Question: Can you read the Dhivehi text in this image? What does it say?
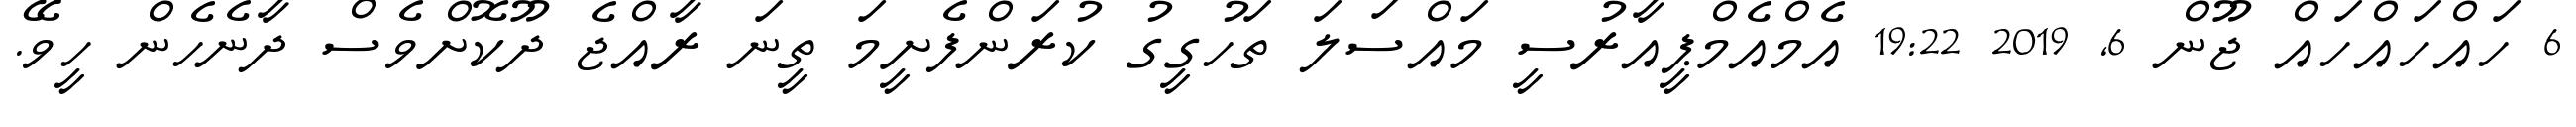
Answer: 6 ހައްހައްހައް ޖޫން 6, 2019 19:22 އެމްއެމްޕީއާރުސީ މައްސަލަ ތަހުގީގު ކުރަންފެށީމަ ތީނަ ރާއްޖެ ދޫކޮށްވެސް ދާނެހެން ހީވޭ.